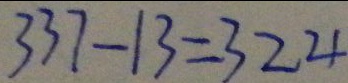
3 3 7 - 1 3 = 3 2 4